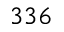
3 3 6